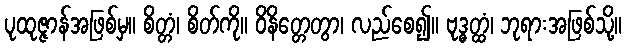
ပုထုဇ္ဇာန်အဖြစ်မှ။ စိတ္တံ၊ စိတ်ကို။ ဝိနိတ္တေတွာ၊ လည်စေ၍။ ဗုဒ္ဓတ္ထံ၊ ဘုရားအဖြစ်သို့။